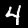
Label: 4